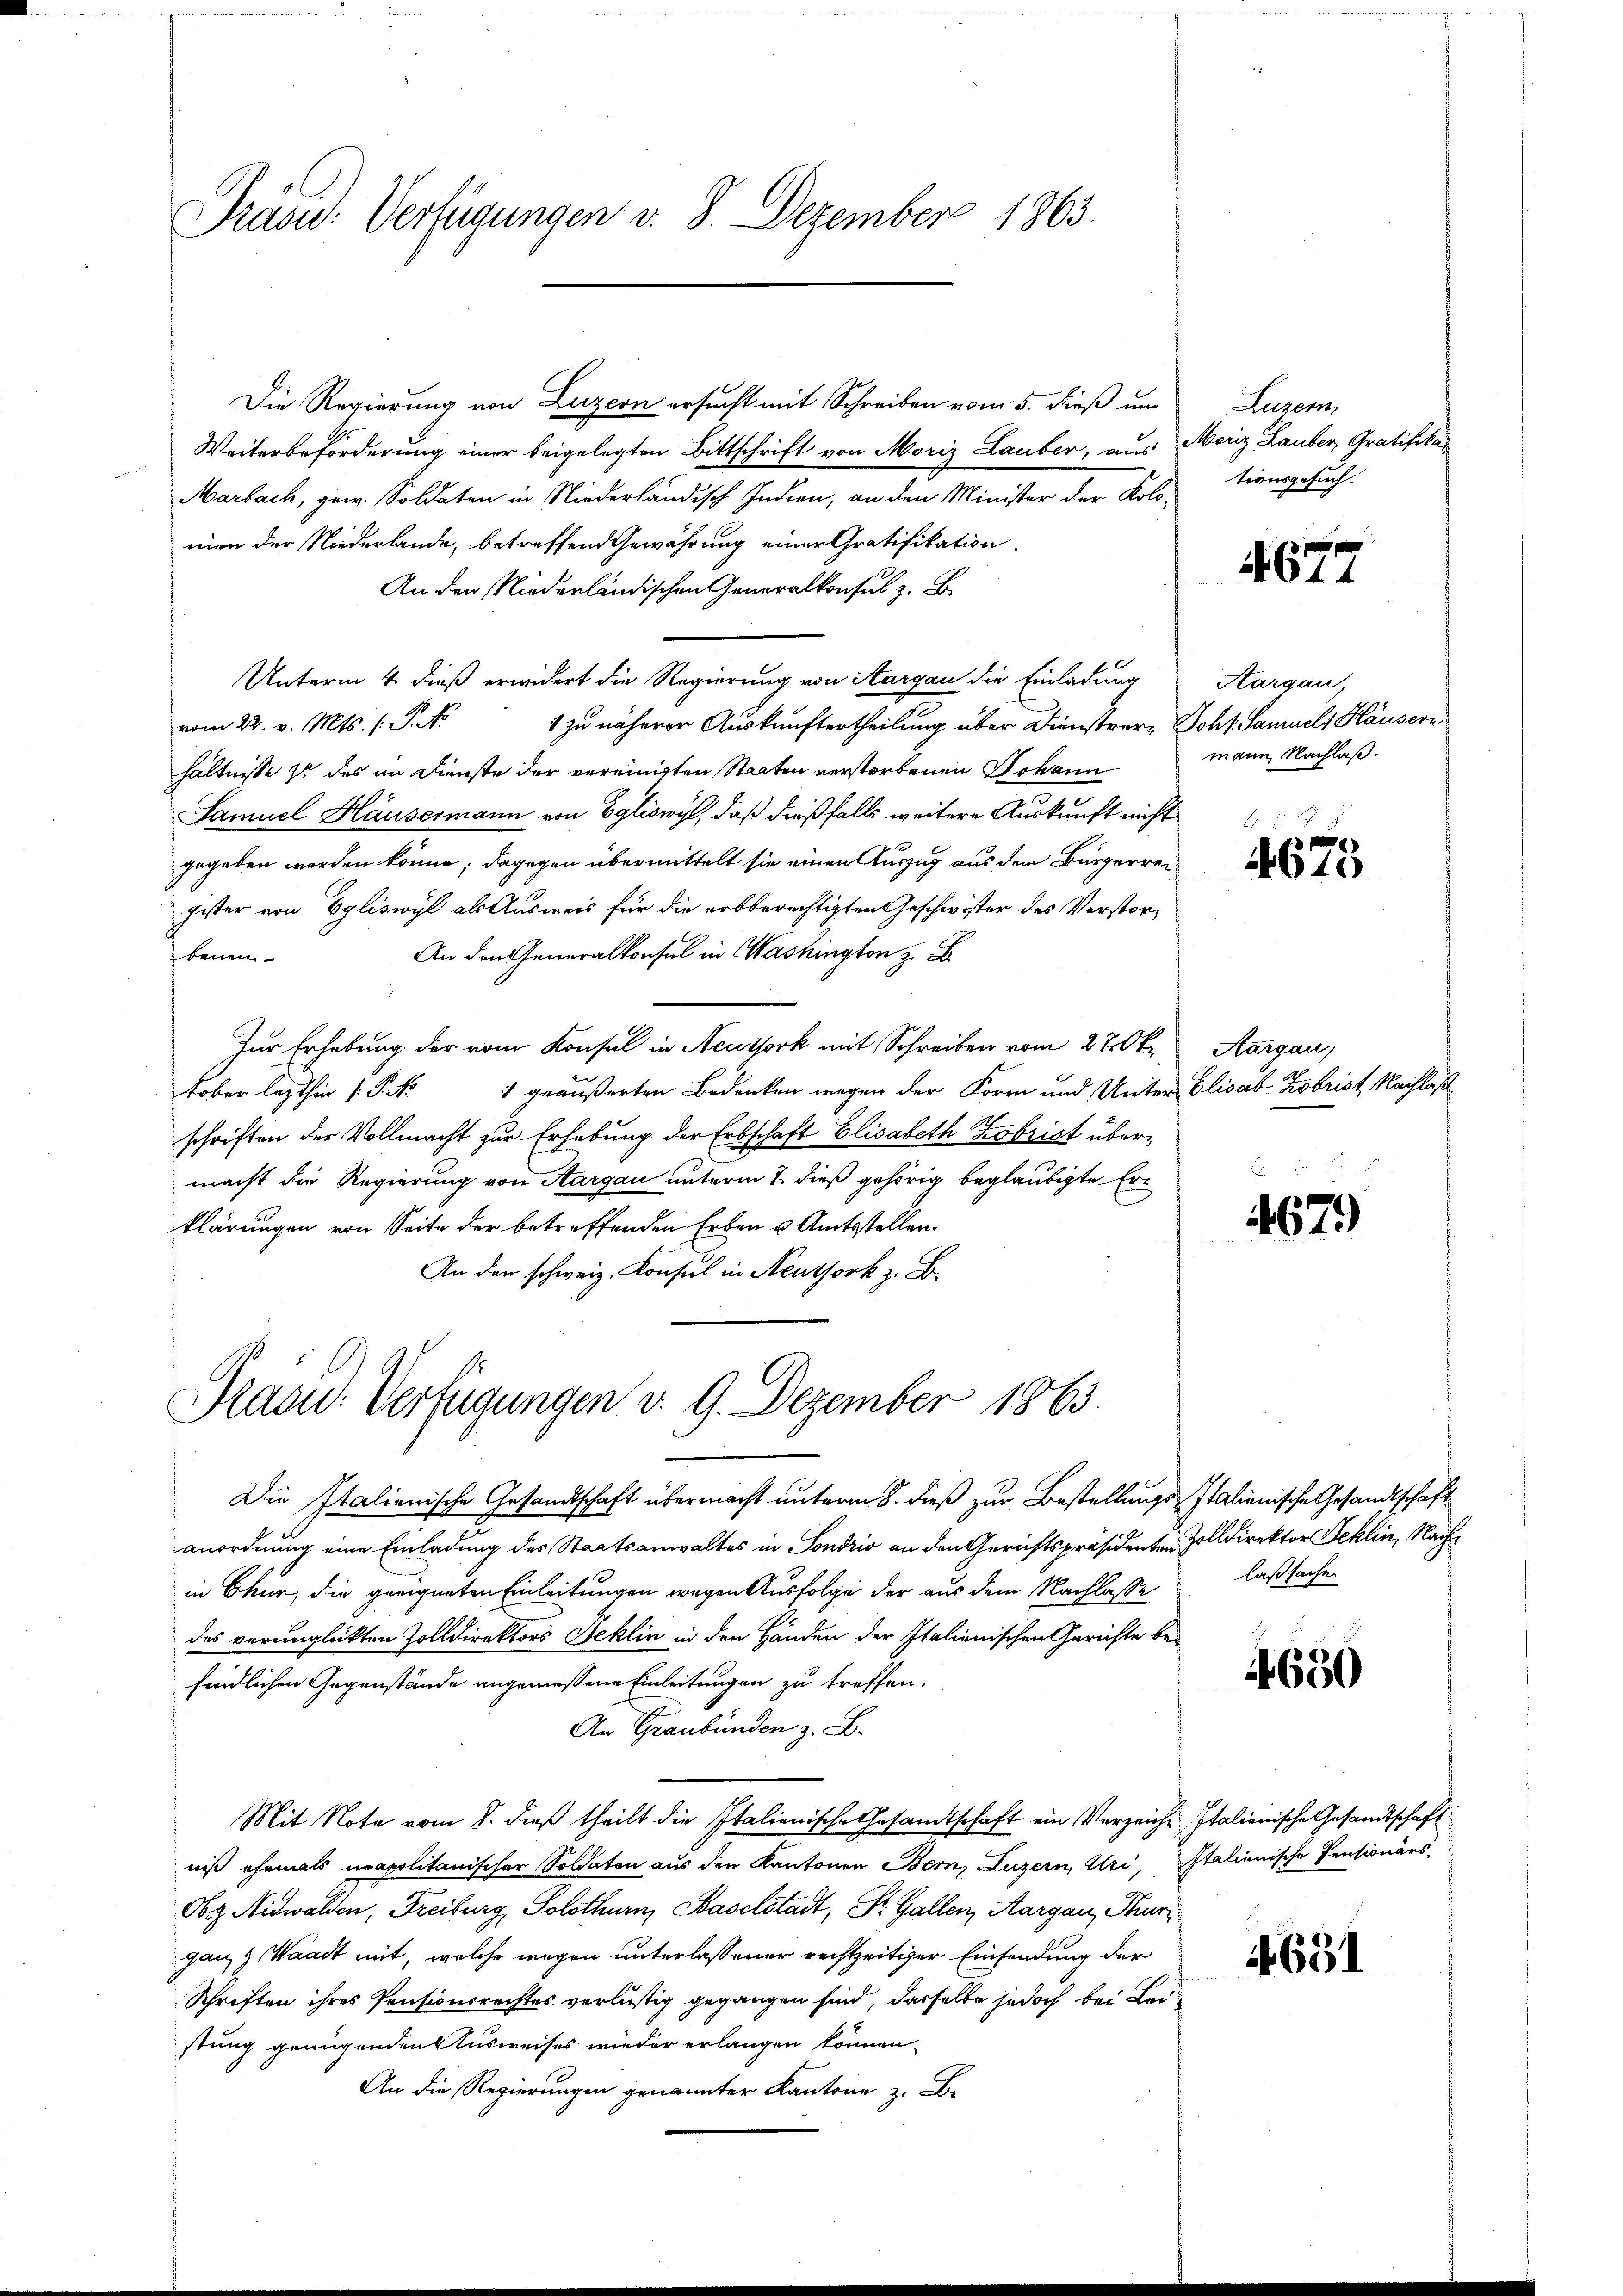
Präsid. Verfügungen v. 8. Dezember 1863.

Die Regierung von Luzern ersucht mit Schreiben vom 5. dieß um
Weiterbeförderung einer beigelegten Bittschrift von Moriz Lauber, aus
Marbach, gew. Soldaten in Niederländisch Indien, an den Minister der Kolomien der Niederlande, betreffend Gewährung einer Gratifikation.
An den Niederländischen Generalkonsul z. B.
Unterm 4. dieß erwidert die Regierung von Aargau die Einladung
1 zu näherer Auskunftertheilung über Dienstver- Johs. Samuel, Häusern
vom 22. v. Mts. (: P. Nr.
hältnisse zu des im Dienste der vereinigten Staaten verstorbenen Johann
Samuel Häusermann von Egliswyl, daß dießfalls weitere Auskunft nicht
gegeben werden könne; dagegen übermittelt sie einen Auszug aus dem Bürgerreigister von Egliswyl als Ausweis für die erbberechtigten Geschwister des Verstor¬
An den Generalkonsul in Washington z. B
benen
Zur Erhebung der vom Konsul in Neuthork mit Schreiben vom 27. Oktober lezthin (: P. Nr. 1 geäußerten Bedenken wegen der Form und Unter-
schriften der Vollmacht zur Erhebung der Erbschaft Elisabeth Kobrist übermacht die Regierung von Aargau unterm 7. dieß gehörig beglaubigte Erklärungen von Seite der betreffenden Erben u. Amtsstellen.
An der schweiz. Konsul in Neuthork z. B.

Präsid. Verfügungen v. 9. Dezember 1863.

Die Italienische Gesandtschaft übermacht unterm 8. dieß zur Bestellungs-Italienische Gesandtschaft
Anordnung eine Einladung des Staatsanwaltes in Sondrio an den Gerichtspräsidenten Zolldirektor Beklin, Nachin Chur, die geeigneten Einleitungen wegen Ausfolge der aus dem Nachlasse
des verunglickten Zolldirektors Heklin in den Händen der Italienischen Gerichte befindlichen Gegenstände angemessene Einleitungen zu treffen.
An Graubünden z. B.
Mit Note vom 8. dieß theilt die Italienische Gesamtschaft ein Verzeiche Italienische Gesandtschaft
niß ehemals napolitanischer Soldaten aus den Kantonen Bern, Luzern, Uri, Italienische Pensionärs
Obg. Nidwalden, Freiburg, Solothurn, Baselstadt, St. Gallen, Aargau, Thüri
gan, z. Waadt mit, welche wegen unterlassener rechtzeitiger Einsendung der
Schriften ihres Pensionsrechtes verlustig gegangen sind, dasselbe jedoch bei Leistung genügenden Ausweises wieder erlangen können.
An die Regierungen genannter Kantone z. Be-

Luzern,
Moriz Lauber, Gratifikationsgesuch.

4677

Hargau,
mann Nachlaß.

4675

Aargau,
Elisab. Kobrist Nachlaß

4679

laßsache.

14650

1651